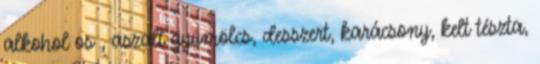
alkohol os , aszalt gyümölcs, desszert, karácsony, kelt tészta,